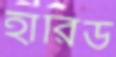
হারিড